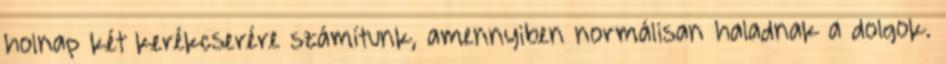
holnap két kerékcserére számítunk, amennyiben normálisan haladnak a dolgok.